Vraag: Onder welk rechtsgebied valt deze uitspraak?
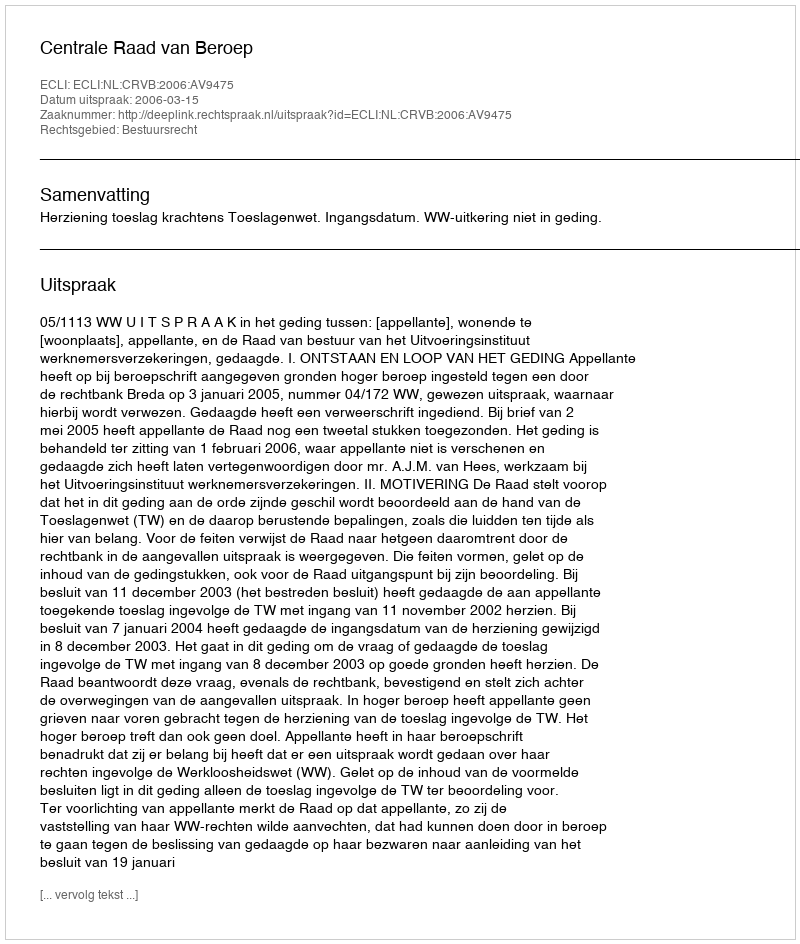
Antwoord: Bestuursrecht